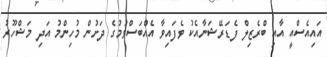
އައިއެސްއީ އާއި ބްރެޒިލް ފެޑަރޭޝަނާއެކު ވެފައިވާ އެއްބަސްވުމުގެ ދަށުން މުހިންމު އަދި މަޝްހޫރު